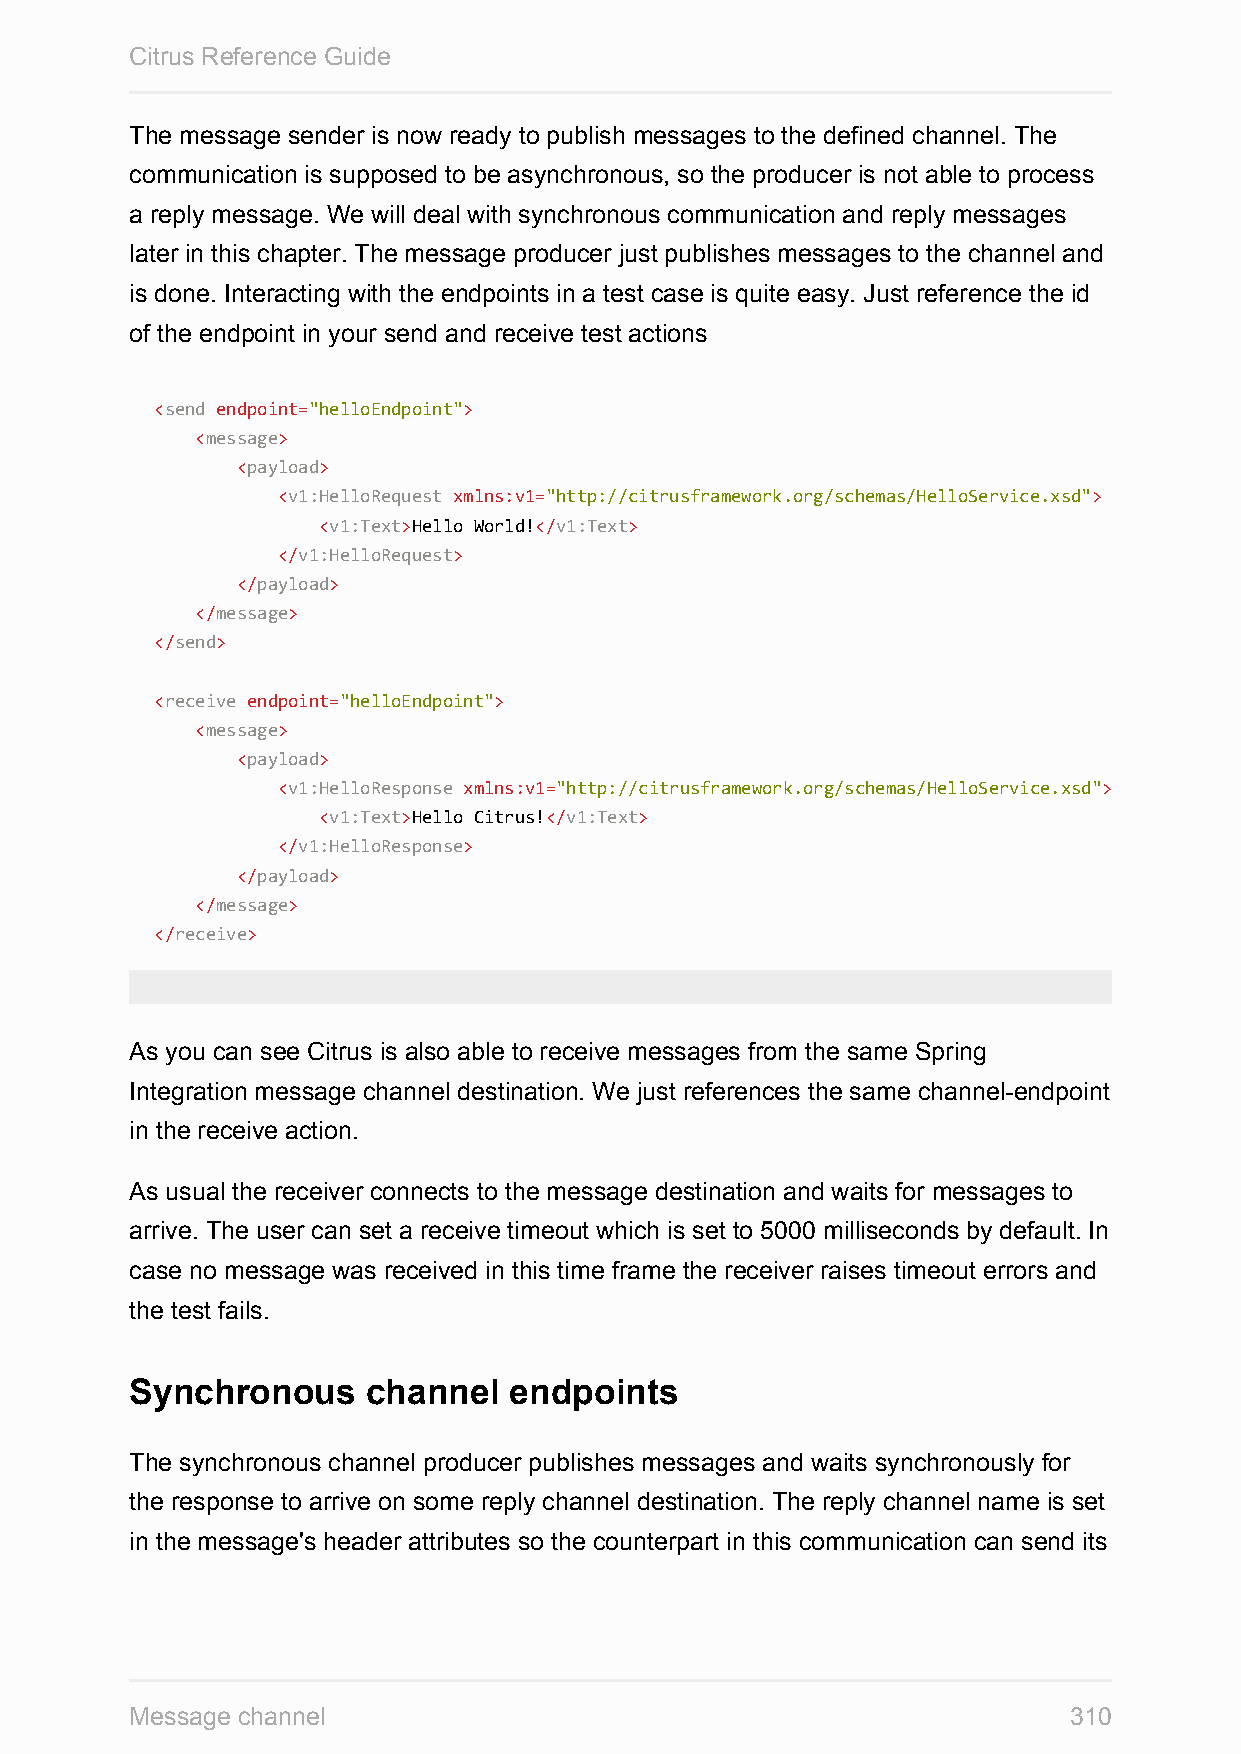
Citrus Reference Guide
 The message sender is now ready to publish messages to the defined channel. The
 communication is supposed to be asynchronous, so the producer is not able to process
 a reply message. We will deal with synchronous communication and reply messages
 later in this chapter. The message producer just publishes messages to the channel and
 is done. Interacting with the endpoints in a test case is quite easy. Just reference the id
 of the endpoint in your send and receive test actions
 <send endpoint="helloEndpoint">
 <message>
 <payload>
 <v1:HelloRequest xmlns:v1="http://citrusframework.org/schemas/HelloService.xsd">
 <v1:Text>Hello World!</v1:Text>
 </v1:HelloRequest>
 </payload>
 </message>
 </send>
 <receive endpoint="helloEndpoint">
 <message>
 <payload>
 <v1:HelloResponse xmlns:v1="http://citrusframework.org/schemas/HelloService.xsd">
 <v1:Text>Hello Citrus!</v1:Text>
 </v1:HelloResponse>
 </payload>
 </message>
 </receive>
 As you can see Citrus is also able to receive messages from the same Spring
 Integration message channel destination. We just references the same channel-endpoint
 in the receive action.
 As usual the receiver connects to the message destination and waits for messages to
 arrive. The user can set a receive timeout which is set to 5000 milliseconds by default. In
 case no message was received in this time frame the receiver raises timeout errors and
 the test fails.
 Synchronous    channel   endpoints
 The synchronous channel producer publishes messages and waits synchronously for
 the response to arrive on some reply channel destination. The reply channel name is set
 in the message's header attributes so the counterpart in this communication can send its
 Message channel                                               310